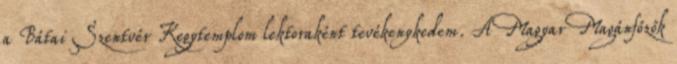
a Bátai Szentvér Kegytemplom lektoraként tevékenykedem. A Magyar Magánfőzők